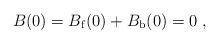
LaTeX: \begin{align*}B(0) = B_{\rm f}(0)+B_{\rm b}(0)=0 \ ,\end{align*}